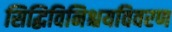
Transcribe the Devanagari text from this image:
सिद्धिविनिश्चयविवरण